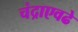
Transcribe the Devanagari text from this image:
चंद्राएवढे